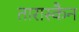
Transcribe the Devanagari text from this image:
तारास्कैन